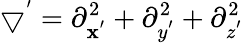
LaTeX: \bigtriangledown^{'}=\partial_{\mathbf{x}^{'}}^{2}+\partial_{y^{'}}^{2}+\partial_{z^{'}}^{2}